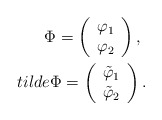
\begin{align*}\Phi=\left(\begin{array}{c} \varphi_1\\ \varphi_2\end{array}\right),\ \\tilde\Phi=\left(\begin{array}{c} \tilde\varphi_1\\ \tilde\varphi_2\end{array}\right).\end{align*}